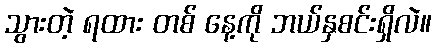
သွားတဲ့ ရထား တစ် နေ့ကို ဘယ်နှစင်းရှိလဲ။